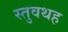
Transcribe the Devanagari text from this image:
स्तुवथह